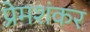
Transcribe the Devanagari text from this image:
प्रेमशंकर